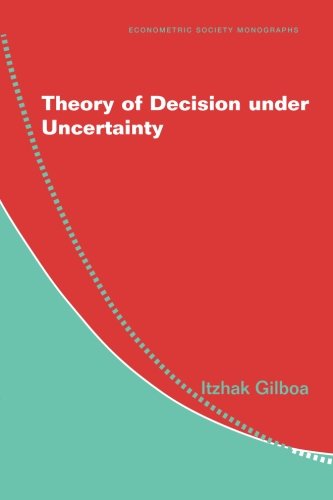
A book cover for Theory of Decision under Uncertainty (Econometric Society Monographs); Itzhak Gilboa; Computers & Technology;